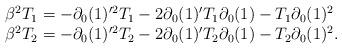
LaTeX: \begin{align*}\begin{array}{l}\beta^2 T_1=-\partial_0(1)'^2T_1-2\partial_0(1)'T_1\partial_0(1)-T_1\partial_0(1)^2\\\beta^2 T_2=-\partial_0(1)'^2T_2-2\partial_0(1)'T_2\partial_0(1)-T_2\partial_0(1)^2. \end{array} \end{align*}